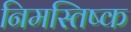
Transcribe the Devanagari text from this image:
निमस्तिष्क